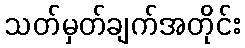
သတ်မှတ်ချက်အတိုင်း